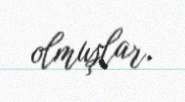
olmuşlar.